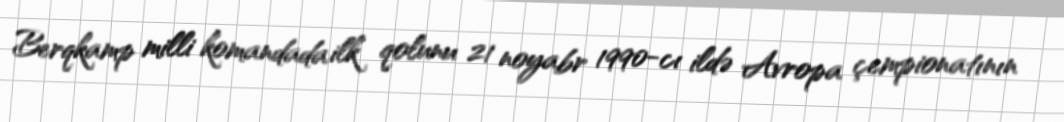
Berqkamp milli komandada ilk qolunu 21 noyabr 1990-cı ildə Avropa çempionatının